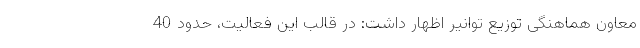
معاون هماهنگی توزیع توانیر اظهار داشت: در قالب این فعالیت، حدود 40